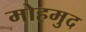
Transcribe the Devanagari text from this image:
मोहमुद